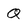
Character: Q